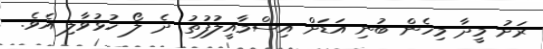
ރަށު މީދާ މިހެން ބުނި އަޑަށް އިސްމާއީލުފުތު ދެ ލޯ ހުޅުވާލި އެވެ.